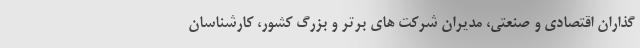
گذاران اقتصادی و صنعتی، مدیران شرکت های برتر و بزرگ کشور، کارشناسان